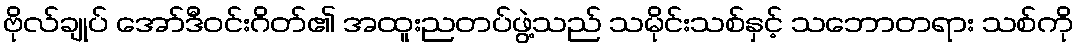
ဗိုလ်ချုပ် အော်ဒီဝင်းဂိတ်၏ အထူးညတပ်ဖွဲ့သည် သမိုင်းသစ်နှင့် သဘောတရား သစ်ကို